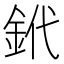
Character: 𨥶